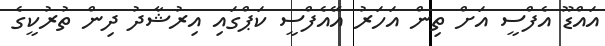
އައްޑޫ އެފްސީ އަށް ތިން އަހަރު އޭއެފްސީ ކަޕްގައި އިރުޝާދު ދިން ތުރުކީގެ